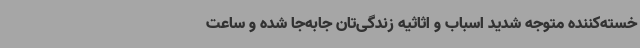
خسته‌کننده متوجه شدید اسباب و اثاثیه زندگی‌تان جابه‌جا شده‌ و ساعت